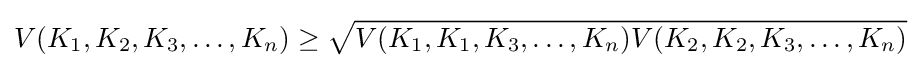
V(K_{1},K_{2},K_{3},\ldots ,K_{n})\geq {\sqrt {V(K_{1},K_{1},K_{3},\ldots ,K_{n})V(K_{2},K_{2},K_{3},\ldots ,K_{n})}}